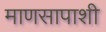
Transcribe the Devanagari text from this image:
माणसापाशी